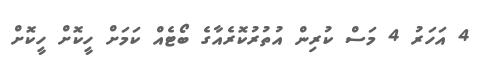
4 އަހަރު 4 މަސް ކުރިން އުތުރުކޮރެއާގެ ބޯޓެއް ކަމަށް ހީކޮށް ހީކޮށް